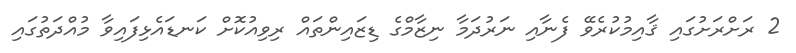
2 ރަށްރަށުގައި ޤާއިމުކުރެވޭ ފެނާއި ނަރުދަމާ ނިޒާމްގެ ޑިޒައިންތައް ރިވިއުކޮށް ކަނޑައެޅިފައިވާ މުއްދަތުގައި